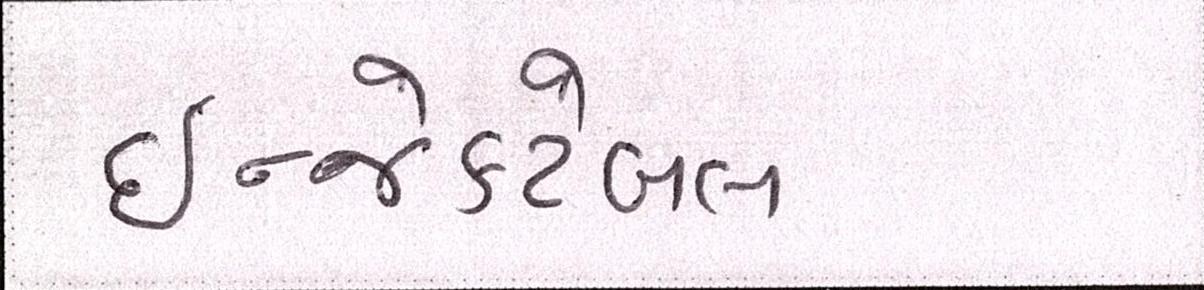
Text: ઇન્જેક્ટેબલ